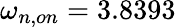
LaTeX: \omega_{n,on}=3.8393